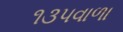
૧૩૫વાળા